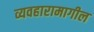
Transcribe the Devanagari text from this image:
व्यवहारामागील